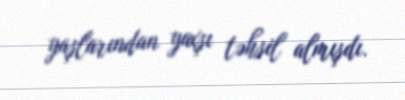
yaşlarından yaxşı təhsil almışdı.